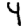
Digit: 4